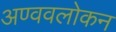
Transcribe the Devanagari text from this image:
अण्ववलोकन